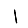
Digit: 1